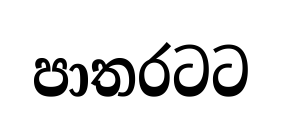
පාතරටට